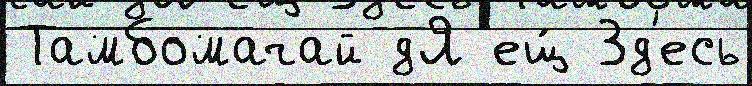
Тамбомачай дЯ ещ́ Зд'есь